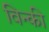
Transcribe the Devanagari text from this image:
विन्की